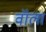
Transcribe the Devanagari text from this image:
वॉला